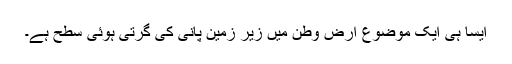
ایسا ہی ایک موضوع ارض وطن میں زیر زمین پانی کی گرتی ہوئی سطح ہے۔